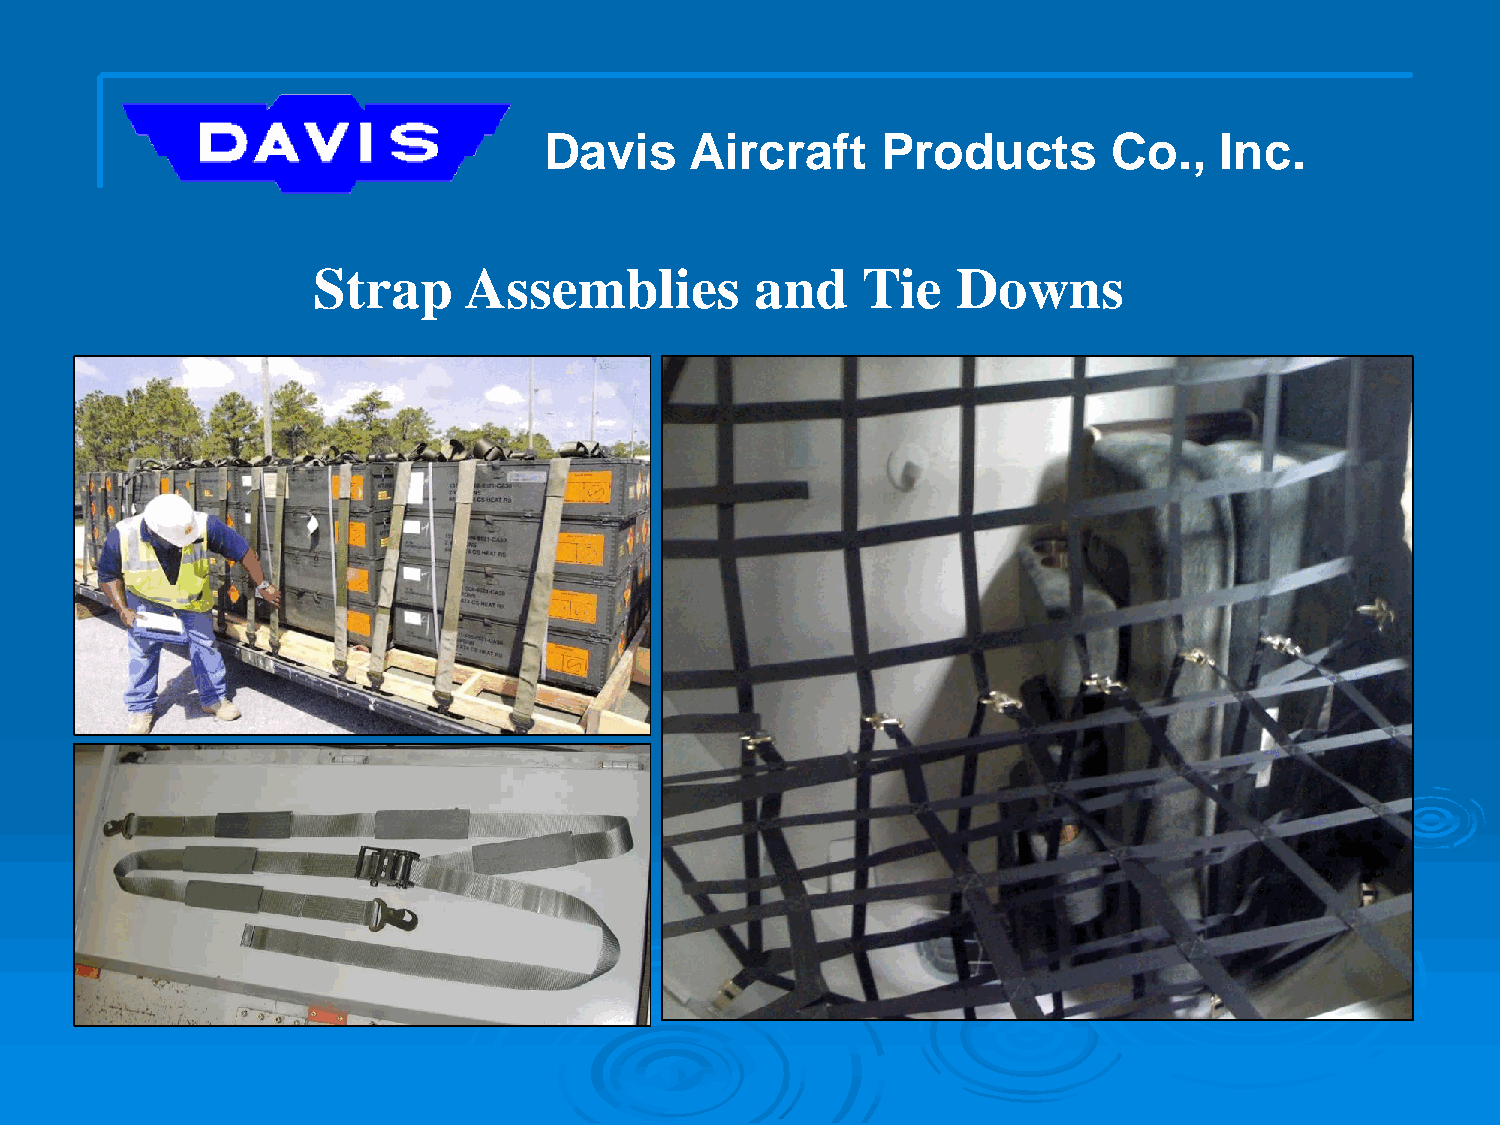
Davis     Aircraft    Products        Co.,   Inc.
 Strap     Assemblies         and    Tie   Downs